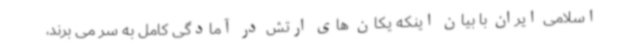
اسلامی ایران با بیان اینکه یکان های ارتش در آمادگی کامل به سر می برند،